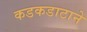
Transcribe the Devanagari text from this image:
कडकडाटाने